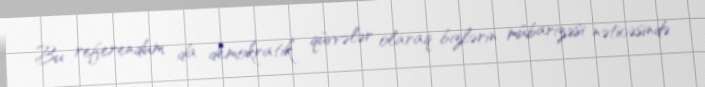
Bu referendum da demokratik qüvvələr olaraq bizlərin mübarizəsi nəticəsində